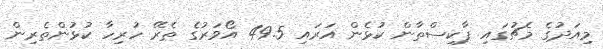
މިއަދުގެ މެޗުގައި ޕާކިސްތާން ކުޅެން އަރައި 49.5 އޯވަރުގެ ތެރޭ ހުރިހާ ކުޅުންތެރިން